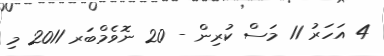
4 އަހަރު 11 މަސް ކުރިން - 20 ނޮވެމްބަރ 2011 މި